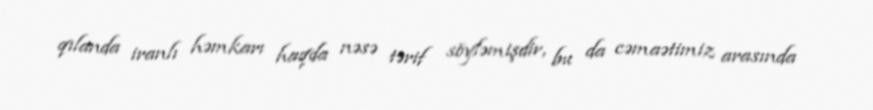
qılanda iranlı həmkarı haqda nəsə tərif söyləmişdir, bu da cəmaətimiz arasında